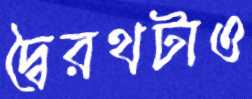
দ্বৈরথটাও